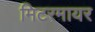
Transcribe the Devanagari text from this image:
मिटरमायर